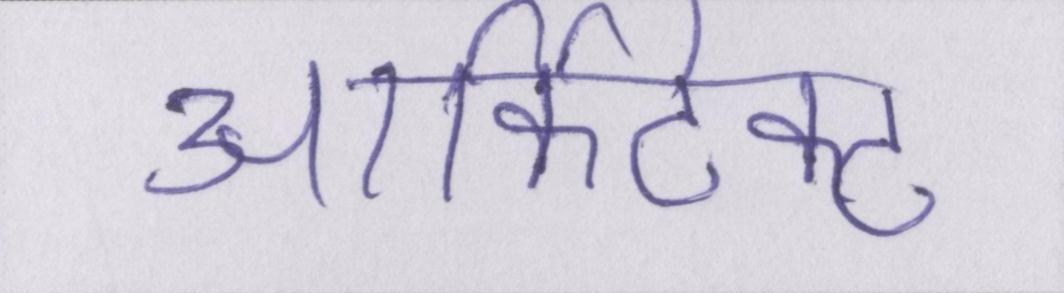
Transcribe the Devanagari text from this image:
आर्किटेक्ट